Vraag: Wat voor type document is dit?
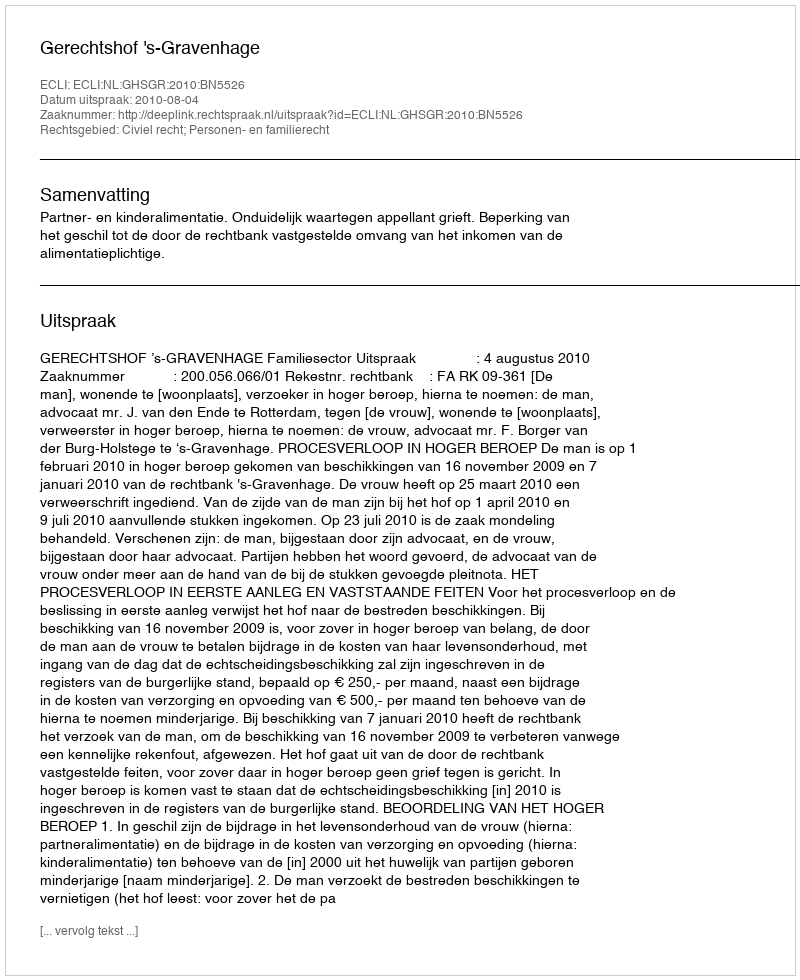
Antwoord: Uitspraak